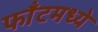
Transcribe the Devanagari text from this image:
फाँटमध्ये